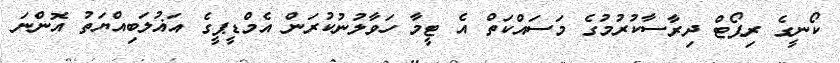
ކޯނީގެ ރިޕޯޓް ދިރާސާކުރުމުގެ މަސައްކަތް އެ ޓީމާ ހަވާލުނުކުރަން އެމްޑީޕީގެ އަޣުލަބިއްޔަތު އޮންނަ